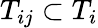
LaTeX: T_{ij}\subset T_{i}